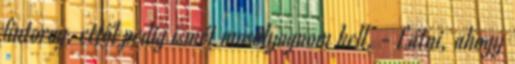
fintorog, ettől pedig ismét mosolyognom kell. - Látni, ahogy